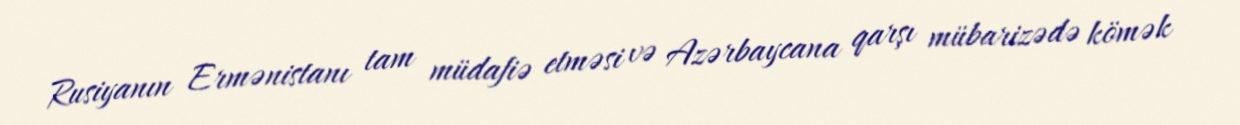
Rusiyanın Ermənistanı tam müdafiə etməsi və Azərbaycana qarşı mübarizədə kömək